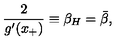
{ \frac { 2 } { g ^ { \prime } ( x _ { + } ) } } \equiv \beta _ { H } = \bar { \beta } ,